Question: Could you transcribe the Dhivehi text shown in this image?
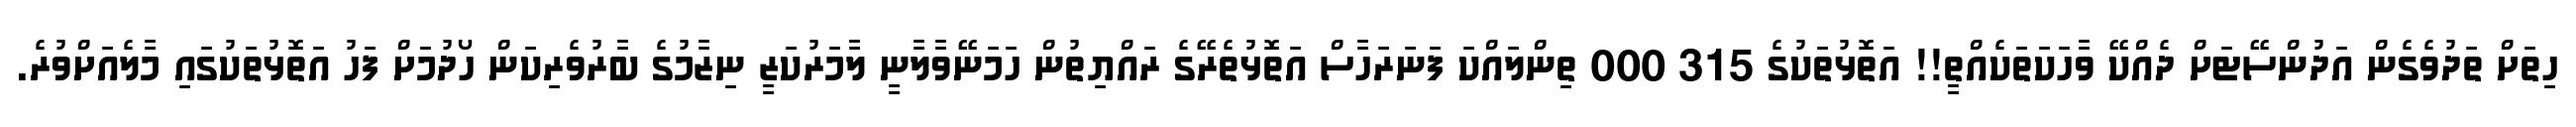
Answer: ހިތަށް ތަދުވެގެން އަދުންސޭޓަށް ދެއްކޭ ވާހަކަތަކެއްތީ!! އަތޮޅުތަކުގެ 315 000 ތިންލައްކަ ފަނަރަހާސް އަތޮޅުތެރޭގެ ރައްޔިތުން ހަމަނޭވާލާނީ ލާމަރުކަޒީ ނިޒާމުގެ ބާރުވެރިކަން ހޯދުމަށް ފަހު އަތޮޅުތަކުގައި މާލެއަށްވުރެ.